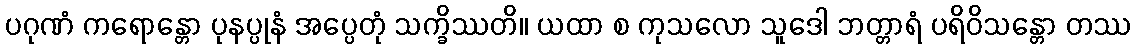
ပဂုဏံ ကရောန္တော ပုနပ္ပုနံ အပ္ပေတုံ သက္ခိဿတိ။ ယထာ စ ကုသလော သူဒေါ ဘတ္တာရံ ပရိဝိသန္တော တဿ